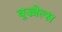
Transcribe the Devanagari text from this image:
वूज्ज़ेल्स